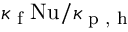
\kappa _ { \textrm { f } } \mathrm { N u } / \kappa _ { \textrm { p , h } }